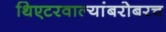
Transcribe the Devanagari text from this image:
थिएटरवाल्यांबरोबरच